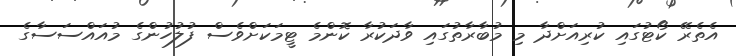
އެތެރޭ ކޯޓުގައި ކުރިއަށްދާ މި މުބާރާތުގައި ވާދަކުރާ ކޮންމެ ޓީމަކަށްވެސް ފުލުހުންގެ މުއައްސަސާގެ